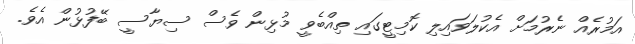
އަމުރެއް ނެރުމަށް އެކުލަވައިލި ކޮމިޓީގައި ތިއްބެވީ މުޅިން ވެސް ސިޔާސީ ބޭފުޅުން އެވެ.